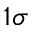
1 \sigma